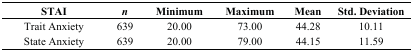
<table><thead><tr><td><b>STAI</b></td><td><b><i>n</i></b></td><td><b>Minimum</b></td><td><b>Maximum</b></td><td><b>Mean</b></td><td><b>Std. Deviation</b></td></tr></thead><tbody><tr><td>Trait Anxiety</td><td>639</td><td>20.00</td><td>73.00</td><td>44.28</td><td>10.11</td></tr><tr><td>State Anxiety</td><td>639</td><td>20.00</td><td>79.00</td><td>44.15</td><td>11.59</td></tr></tbody></table>